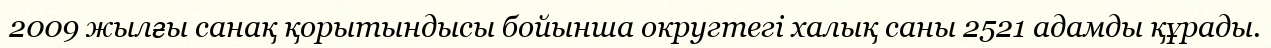
2009 жылғы санақ қорытындысы бойынша округтегі халық саны 2521 адамды құрады.